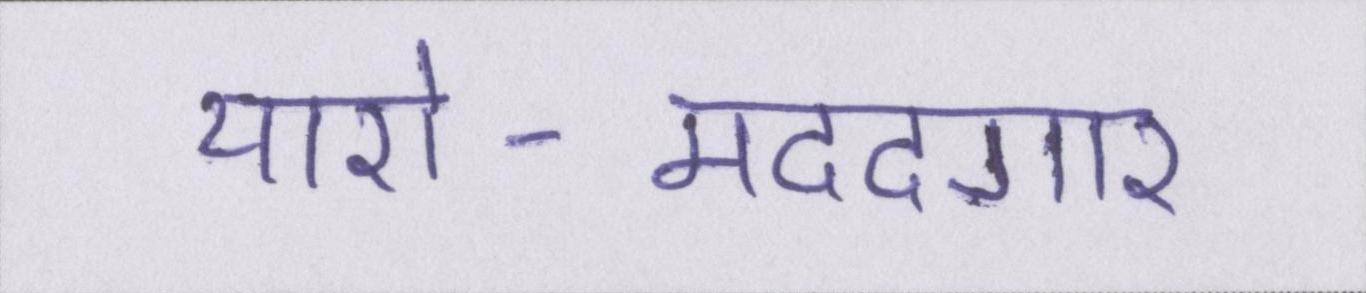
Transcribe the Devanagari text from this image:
यारो-मददगार